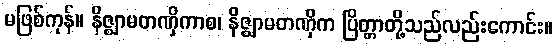
မဖြစ်ကုန်။ နိဇ္ဈာမတဏှိကာစ၊ နိဇ္ဈာမတဏှိက ပြိတ္တာတို့သည်လည်းကောင်း။